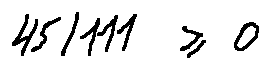
4 5 / 1 1 1 \geq 0